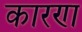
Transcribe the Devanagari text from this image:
कारण्‍ा